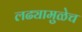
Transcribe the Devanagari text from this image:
लढ्यामुळेच